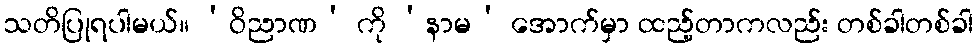
သတိပြုရပါမယ်။ ‘ဝိညာဏ’ ကို ‘နာမ’ အောက်မှာ ထည့်တာကလည်း တစ်ခါတစ်ခါ